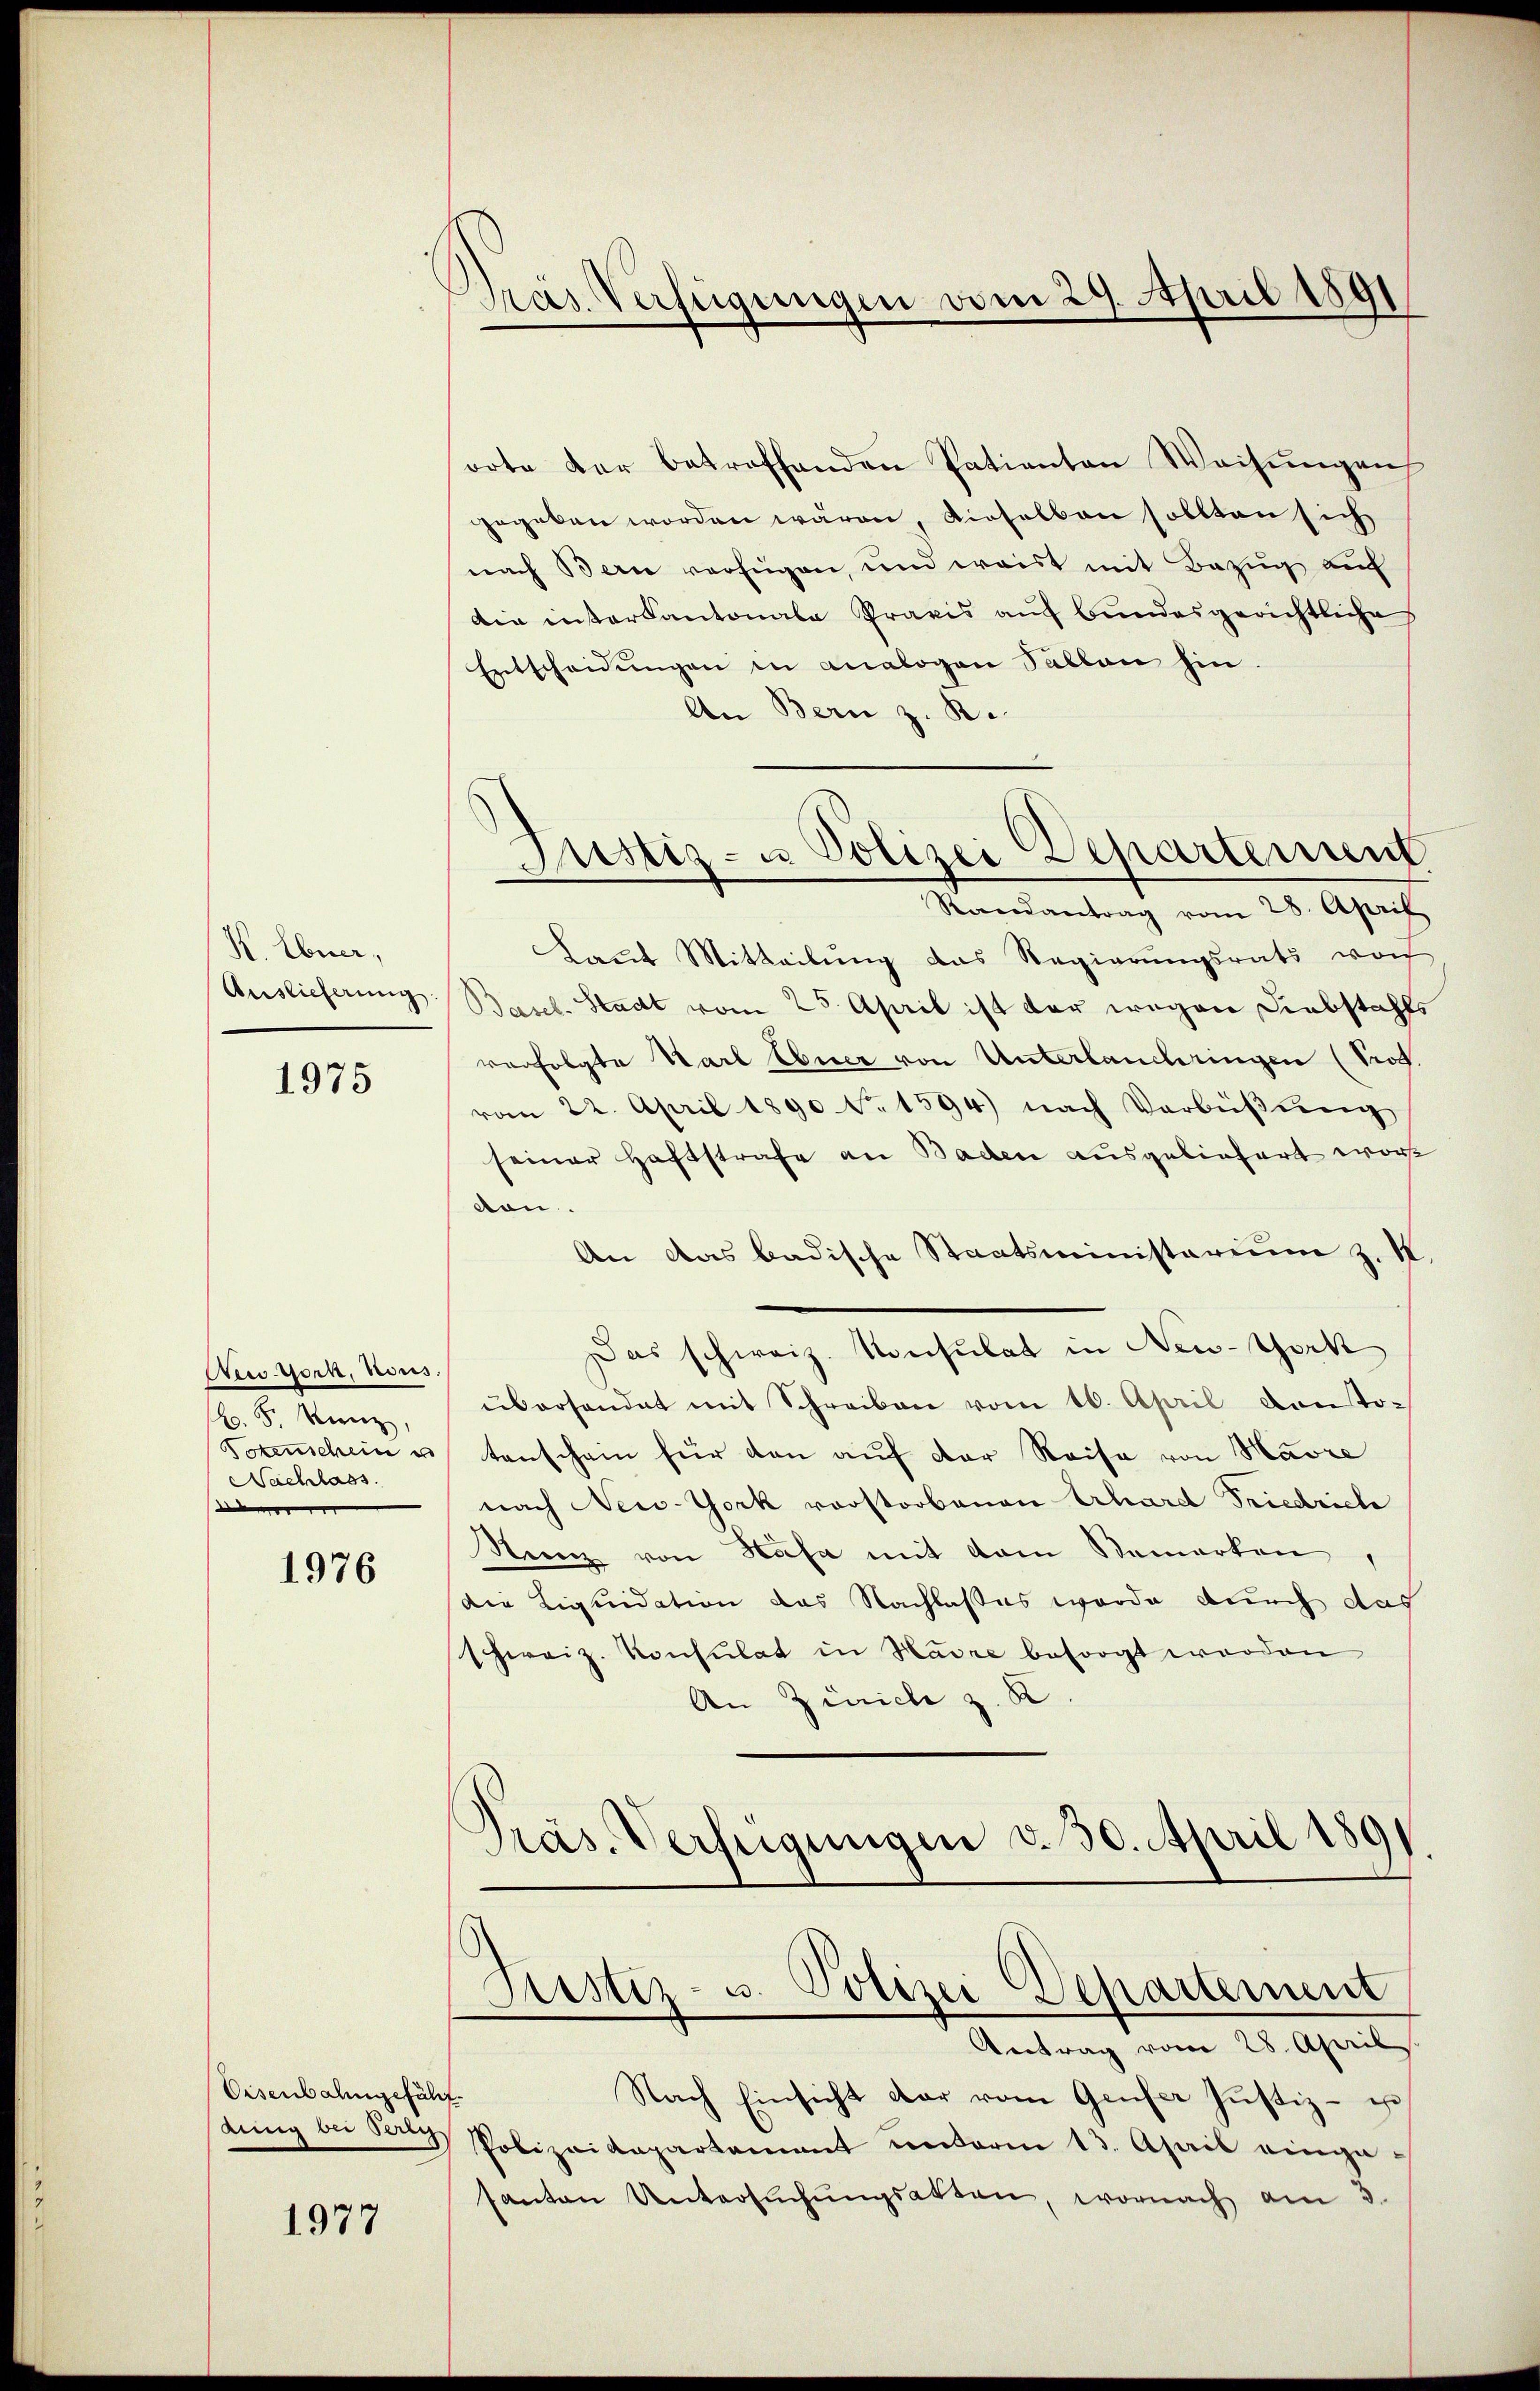
K. Ebner,

1975

Wen York, nous.
B. 5. Ranz,
Nachlass

1976

Eisenbahngefähr

1977

Präs. Verfügungen vom 29. April 1891

orte der betroffenden Patianten Weisungen
gegeben worden wären, dieselben sollten sich
nach Bern verfügen, und weist mit Bezug auf
die interkantonale Praxis auf Bundesgerichtliche
Entscheidŭngen in analogen Sallen hin.
An Bern z. R.
Randantrag vom 28. April
Laut Mitteilung das Regierungsrats vorh
Auslieferung Basel. Stadt vom 25. April ist der wegen Diebstahls
verfolgte Karl Ebner von Unterlanderingen (Prof.
vom 22. April 1890 N. 1594) nach Verbüβŭng
seiner Haftstrafe an Baden ausgeliefert wor
von.
An das badische Staatsministerium z. K
Das schweiz. Konsulat in New-York
überhandet mit Schreiben vom 16. April von To¬
Totenschein u tanschein für den auf der Reise von Havre
nach New-York vorstorbenen Erhard Friedrich
Nienz von Hasa mit dem Bemerken
die Liquidation das Nachlasses wurde durch das
schweiz. Konsulat in Hadre besorgt worden
An Zürich z. K
Präs. Verfügungen d. 30. April 1891.

Justiz- u Polizei Departement

d
Astiz- u. Polizei Departement

Antrag vom 28. April
Nach Einsicht dar vom Genfer Justiz- u
gung bei den Polizeikapartement unterm 13. April eingesanton Untersŭchŭngsakten, wornach am 3.